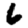
Digit: 6